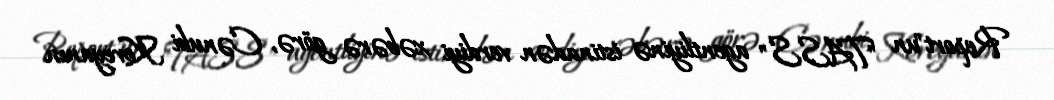
Report"un "TASS" agentliyinə istinadən verdiyi xəbərə görə, Cənubi Koreyanın